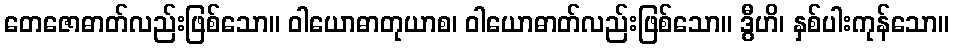
တေဇောဓာတ်လည်းဖြစ်သော။ ဝါယောဓာတုယာစ၊ ဝါယောဓာတ်လည်းဖြစ်သော။ ဒွီဟိ၊ နှစ်ပါးကုန်သော။